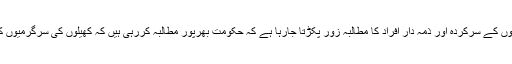
کھیلوں کی بحالی کیلئے مختلف کھیلوں کے سرکردہ اور ذمہ دار افراد کا مطالبہ زور پکڑتا جارہا ہے کہ حکومت بھرپور مطالبہ کررہی ہیں کہ کھیلوں کی سرگرمیوں کا آغاز کرنے کی اجازت دی جائے۔